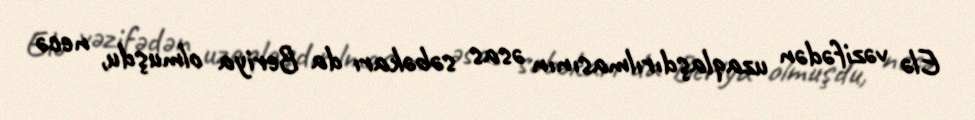
Elə vəzifədən uzaqlaşdırılmasının əsas səbəkarı da Beriya olmuşdu, necə